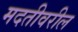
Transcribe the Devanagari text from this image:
मदतीवरील